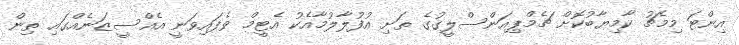
އިންޓަ މިމެޗު ކާމިޔާބުކޮށް ޗެމްޕިއަންސްލީގުގެ ތަށި އުފުލާލުމާއެކު އެޓީމް ވެފައިވަނީ އެއްސީޒަނެއްގައި ތިން